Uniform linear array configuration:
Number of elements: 24
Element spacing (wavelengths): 1
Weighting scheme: kaiser
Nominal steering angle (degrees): -15
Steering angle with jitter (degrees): -14.837
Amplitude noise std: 0.05
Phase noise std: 0.05

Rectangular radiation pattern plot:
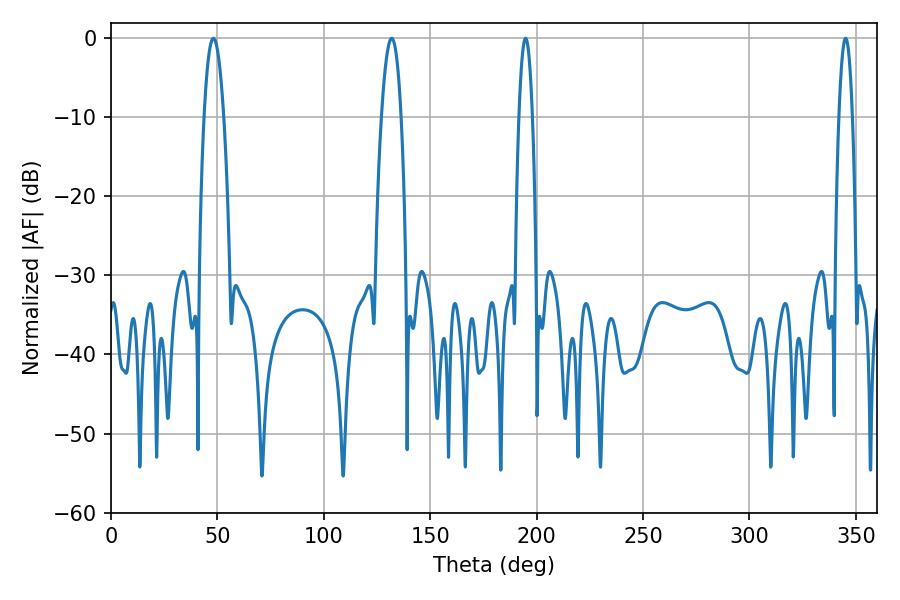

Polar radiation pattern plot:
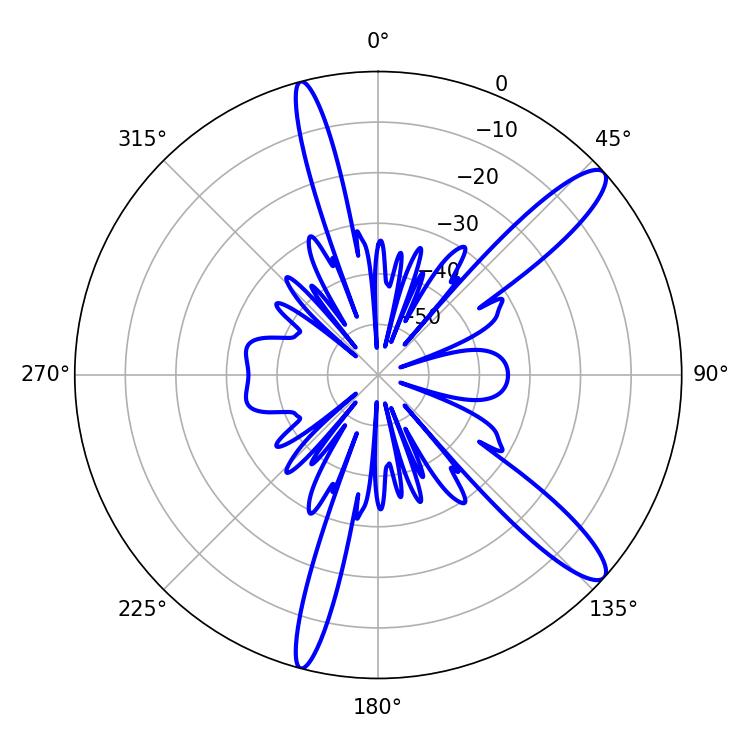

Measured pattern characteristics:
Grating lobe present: TRUE
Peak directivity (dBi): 12.62
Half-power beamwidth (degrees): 5.04
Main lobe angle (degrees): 48.06